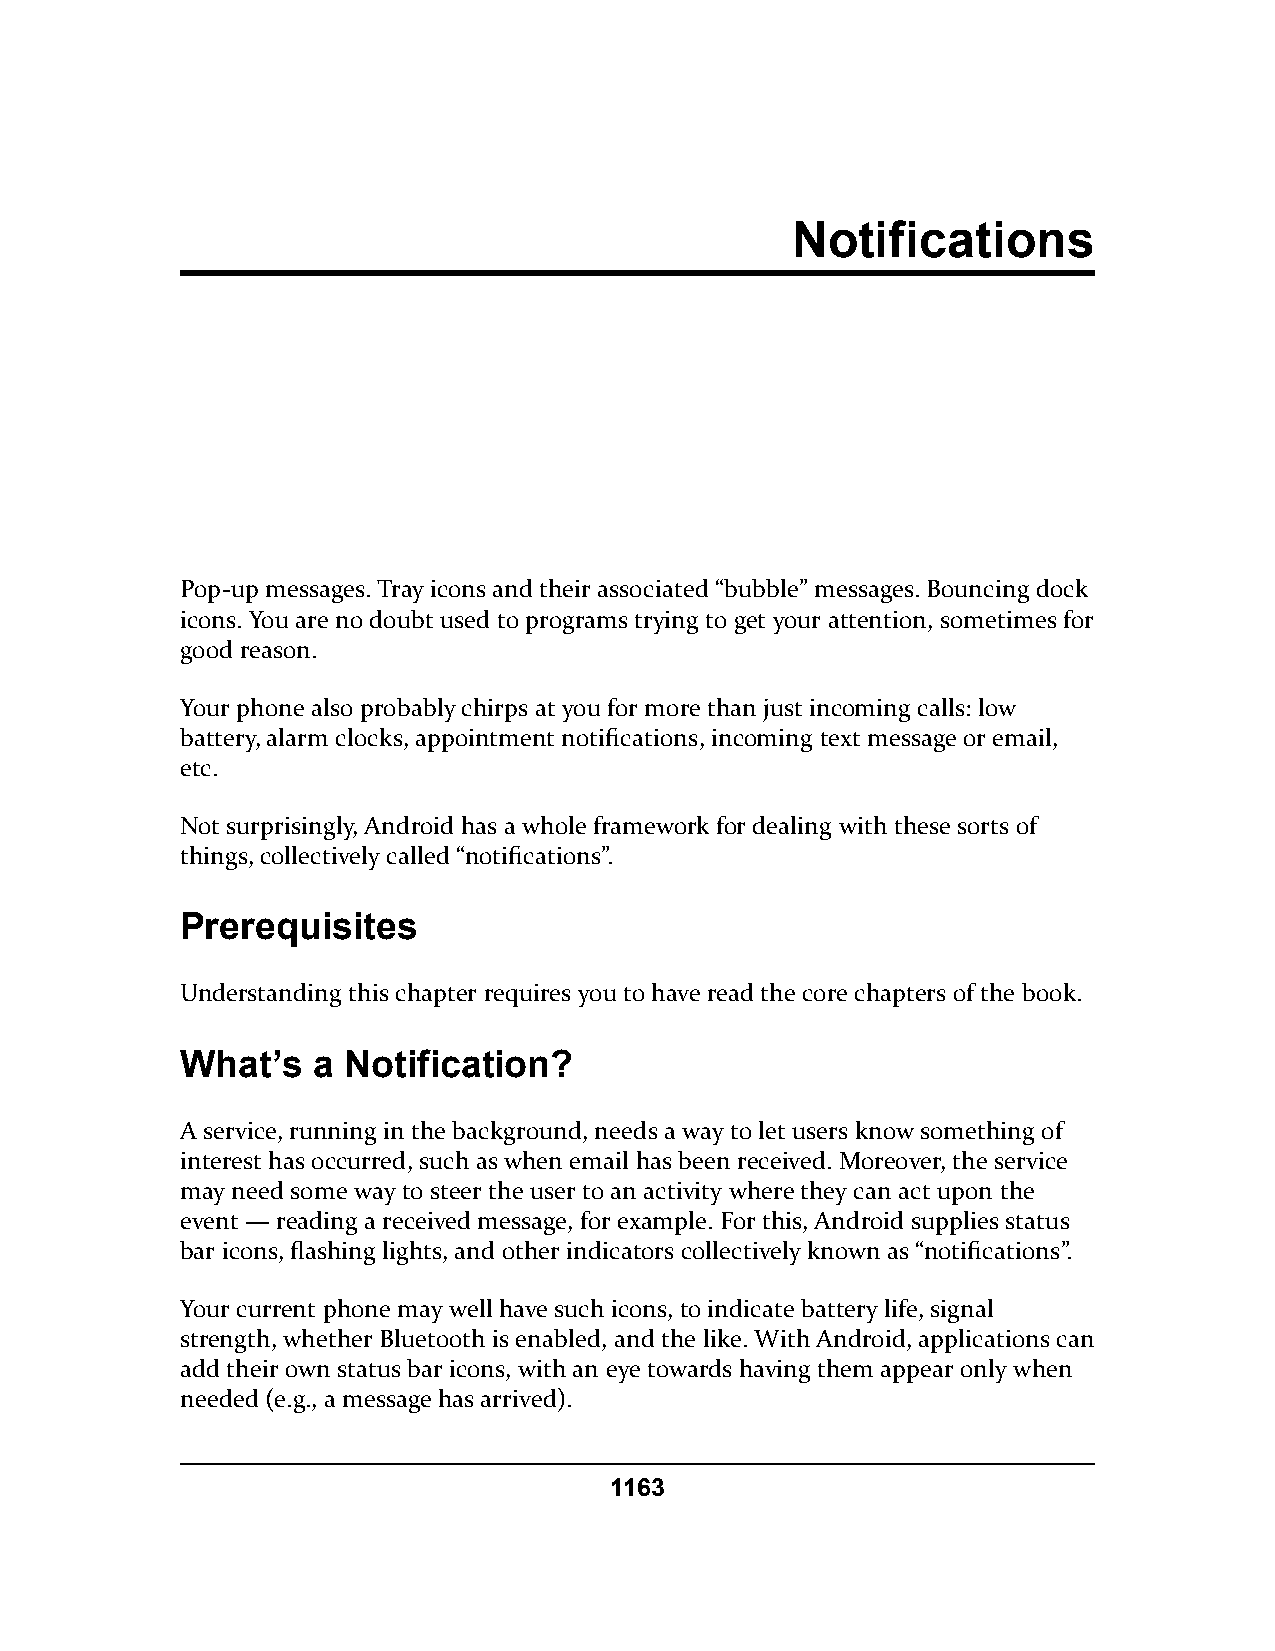
Notifications
 Pop-up messages. Tray icons and their associated “bubble” messages. Bouncing dock
 icons. You are no doubt used to programs trying to get your attention, sometimes for
 good reason.
 Your phone also probably chirps at you for more than just incoming calls: low
 battery, alarm clocks, appointment notifications, incoming text message or email,
 etc.
 Not surprisingly, Android has a whole framework for dealing with these sorts of
 things, collectively called “notifications”.
 Prerequisites
 Understanding this chapter requires you to have read the core chapters of the book.
 What’s   a Notification?
 A service, running in the background, needs a way to let users know something of
 interest has occurred, such as when email has been received. Moreover, the service
 may need some way to steer the user to an activity where they can act upon the
 event — reading a received message, for example. For this, Android supplies status
 bar icons, flashing lights, and other indicators collectively known as “notifications”.
 Your current phone may well have such icons, to indicate battery life, signal
 strength, whether Bluetooth is enabled, and the like. With Android, applications can
 add their own status bar icons, with an eye towards having them appear only when
 needed (e.g., a message has arrived).
 1163